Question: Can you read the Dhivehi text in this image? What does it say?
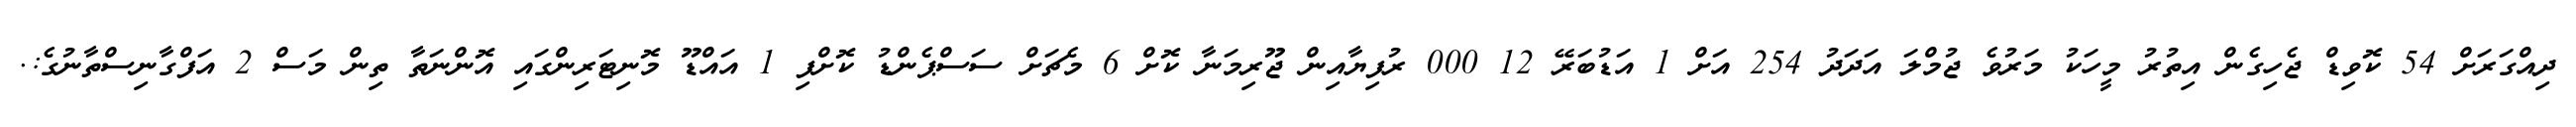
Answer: ދިއްގަރަށް 54 ކޮވިޑް ޖެހިގެން އިތުރު މީހަކު މަރުވެ ޖުމްލަ އަދަދު 254 އަށް 1 އަޑުބަރޭ 12 000 ރުފިޔާއިން ޖޫރިމަނާ ކޮށް 6 މެޗަށް ސަސްޕެންޑު ކޮށްފި 1 އައްޑޫ މޮނިޓަރިންގައި އޮންނަތާ ތިން މަސް 2 އަފްގާނިސްތާނުގެ:.